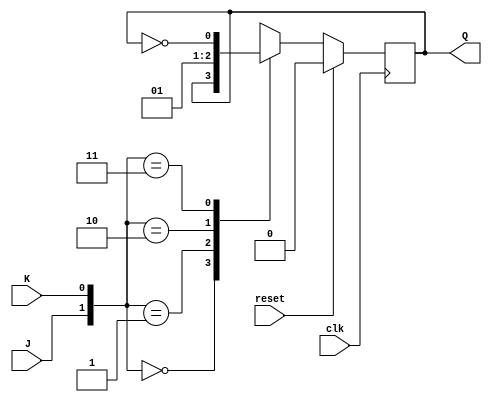
`timescale 1ns / 1ps

module JK_FF(clk,reset,J,K,Q);
input clk,reset,J,K;
output reg Q;

always@(posedge clk) //synchronous reset
begin 
if(reset)
Q<=0;
else
case({J,K})
2'b00:Q<=Q; 
2'b01:Q<=1'b0; 
2'b10:Q<=1'b1; 
2'b11:Q<=~Q;
endcase
end
endmodule